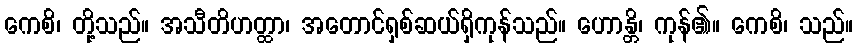
ကေစိ၊ တို့သည်။ အသီတိဟတ္ထာ၊ အတောင်ရှစ်ဆယ်ရှိကုန်သည်။ ဟောန္တိ၊ ကုန်၏။ ကေစိ၊ သည်။